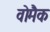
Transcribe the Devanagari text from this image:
वोमैक